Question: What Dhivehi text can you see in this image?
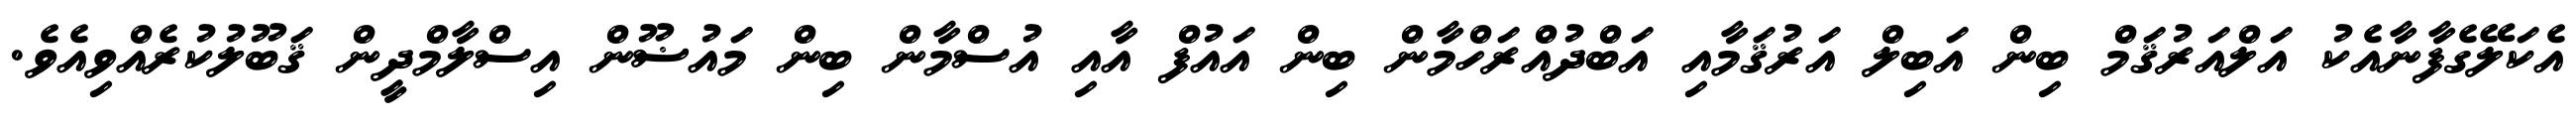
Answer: އެކަލޭގެފާނާއެކު އަލްއަރުޤަމް ބިން އަބިލް އަރުޤަމާއި އަބްދުއްރަހްމާން ބިން އައުފް އާއި އުސްމާން ބިން މައުޟޫން އިސްލާމްދީން ޤަބޫލުކުރެއްވިއެވެ.